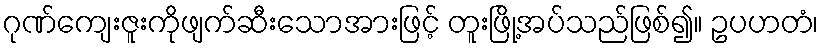
ဂုဏ်ကျေးဇူးကိုဖျက်ဆီးသောအားဖြင့် တူးဖြို့အပ်သည်ဖြစ်၍။ ဥပဟတံ၊